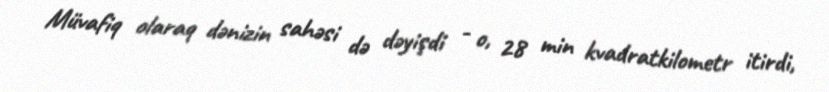
Müvafiq olaraq dənizin sahəsi də dəyişdi - o, 28 min kvadratkilometr itirdi,